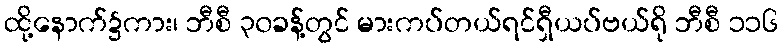
ထို့နောက်၌ကား၊ ဘီစီ ၃၀ခန့်တွင် မားကပ်တယ်ရင်ရှီယပ်ဗယ်ရို ဘီစီ ၁၁၆